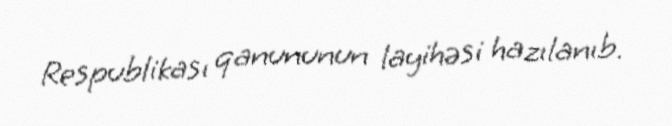
Respublikası qanununun layihəsi hazılanıb.